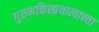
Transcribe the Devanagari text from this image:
गुरुभक्तिस्तथात्यान्ता